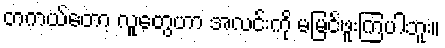
တကယ်တော့ လူတွေဟာ အလင်းကို မမြင်ဖူးကြပါဘူး။